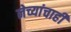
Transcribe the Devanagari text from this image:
नेच्यांचाही